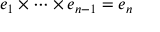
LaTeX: e _ { 1 } \times \cdots \times e _ { n - 1 } = e _ { n }